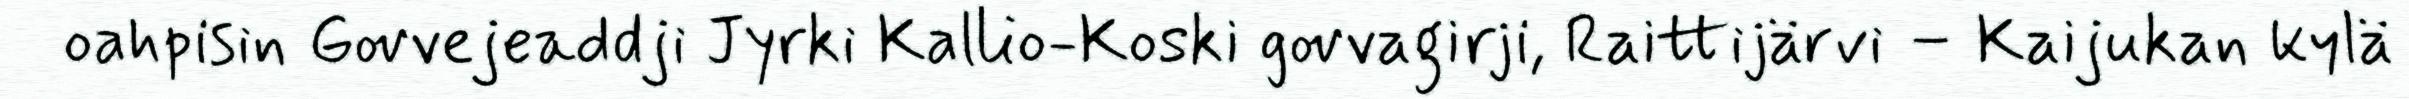
oahpisin Govvejeaddji Jyrki Kallio-Koski govvagirji, Raittijärvi – Kaijukan kylä